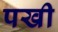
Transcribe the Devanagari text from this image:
पखी